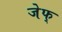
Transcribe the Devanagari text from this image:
जेफ्